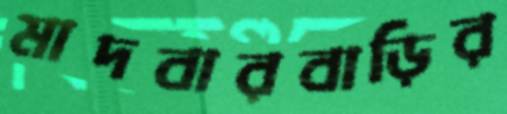
মাদবারবাড়ির